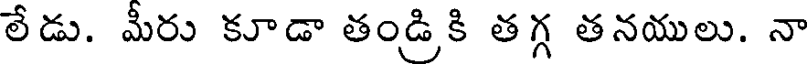
లేడు. మీరు కూడా తండ్రికి తగ్గ తనయులు. నా